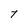
Character: t